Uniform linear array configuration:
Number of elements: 8
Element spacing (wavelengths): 0.5
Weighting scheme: exponential
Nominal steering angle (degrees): -15
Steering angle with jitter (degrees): -13.31
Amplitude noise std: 0.05
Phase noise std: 0.05

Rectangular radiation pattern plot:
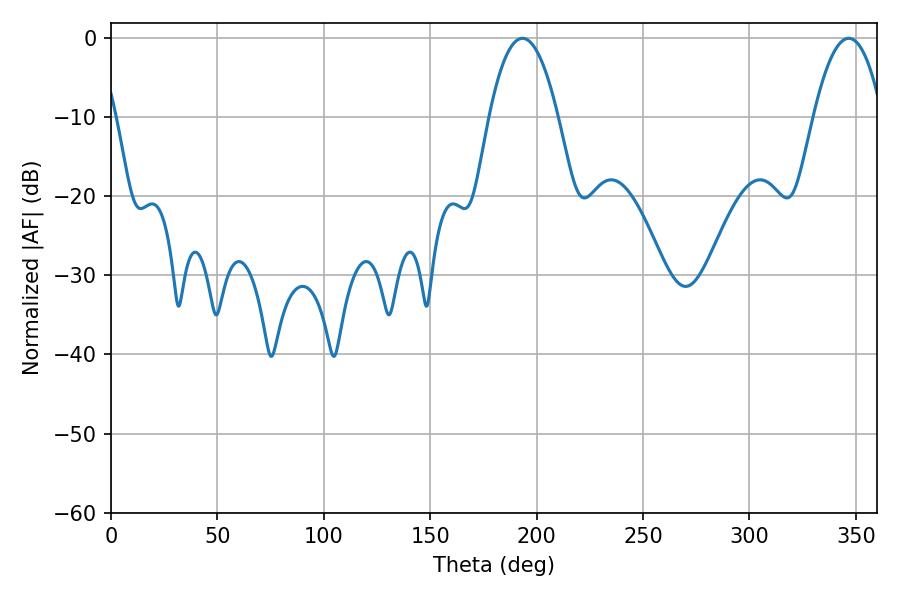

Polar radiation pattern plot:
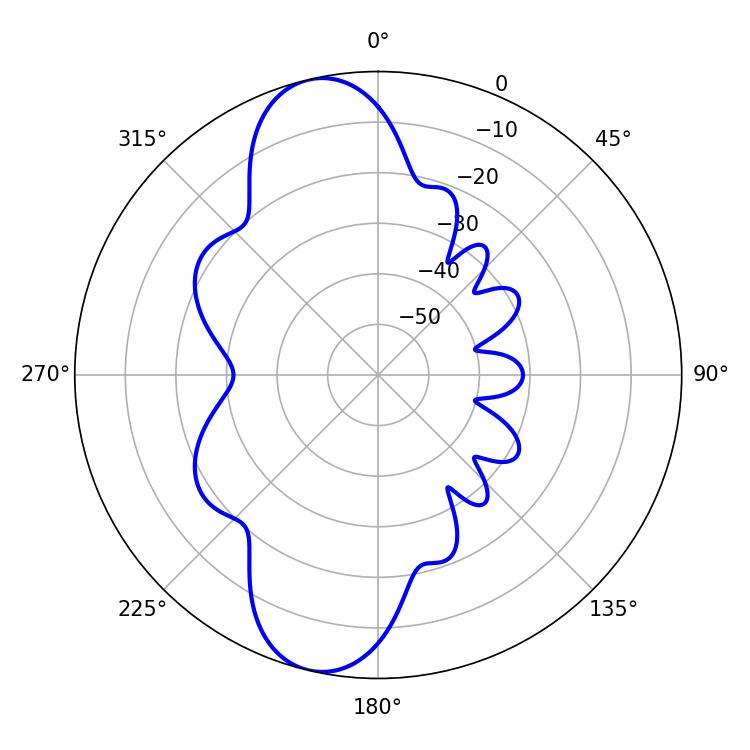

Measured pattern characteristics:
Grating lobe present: FALSE
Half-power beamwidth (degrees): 18
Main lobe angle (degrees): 193.32